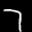
Label: 7